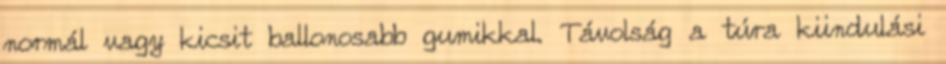
normál vagy kicsit ballonosabb gumikkal. Távolság a túra kiindulási